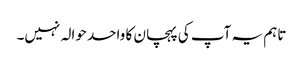
تاہم یہ آپ کی پہچان کا واحد حوالہ نہیں۔